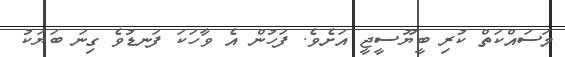
މަސައްކަތް ކުރި ބީޔޫސީޖީ އަށެވެ. ފަހުން އެ ވާހަކަ ފަނޑުވެ ގިނަ ބަޔަކު